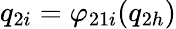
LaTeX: q_{2i}=\varphi_{21i}(q_{2h})